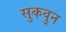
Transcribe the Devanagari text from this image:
सुकवुन